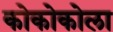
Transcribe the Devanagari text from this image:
कोकोकोला